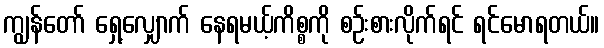
ကျွန်တော် ရှေ့လျှောက် နေရမယ့်ကိစ္စကို စဉ်းစားလိုက်ရင် ရင်မောရတယ်။